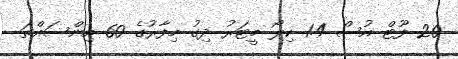
20 ފޫޓް އުސް 1.4 ކިލޯ މީޓަރު ދިގު މިފާރުގެ 60 އިންސައްތަ